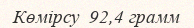
Көмірсу  92,4 грамм